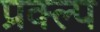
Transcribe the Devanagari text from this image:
प्रक्ल्प